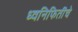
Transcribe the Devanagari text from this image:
ध्वनिफितींचे